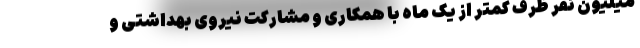
میلیون نفر ظرف کمتر از یک ماه با همکاری و مشارکت نیروی بهداشتی و